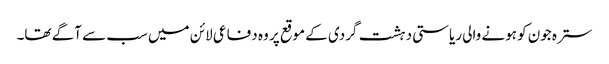
سترہ جون کو ہونے والی ریاستی دہشت گردی کے موقع پر وہ دفاعی لائن میں سب سے آگے تھا۔